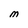
Character: M